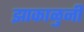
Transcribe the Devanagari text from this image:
झाकाळुनी